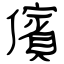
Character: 儐